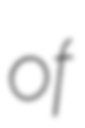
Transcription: of